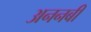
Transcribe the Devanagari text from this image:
अननबी